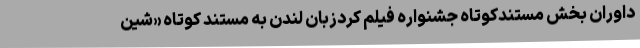
داورانِ بخش مستندکوتاه جشنواره فیلم کردزبان لندن به مستند کوتاه «شین